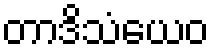
တာဒိသံယေဝ